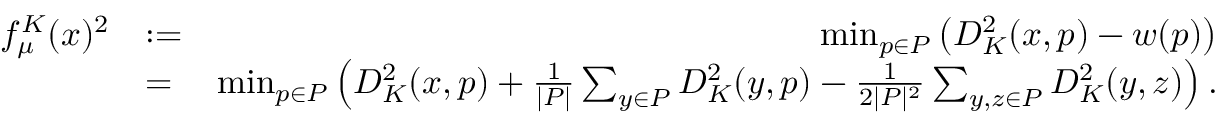
\begin{array} { r l r } { f _ { \mu } ^ { K } ( x ) ^ { 2 } } & { : = } & { \operatorname* { m i n } _ { p \in P } \ensuremath { \left( D _ { K } ^ { 2 } ( x , p ) - w ( p ) \right) } } \\ & { = } & { \operatorname* { m i n } _ { p \in P } \ensuremath { \left( D _ { K } ^ { 2 } ( x , p ) + \frac { 1 } { | P | } \sum _ { y \in P } D _ { K } ^ { 2 } ( y , p ) - \frac { 1 } { 2 | P | ^ { 2 } } \sum _ { y , z \in P } D _ { K } ^ { 2 } ( y , z ) \right) } . } \end{array}